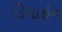
ડિવાઇન